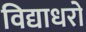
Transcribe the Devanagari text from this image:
विद्याधरो